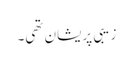
زیبی پریشان تھی۔